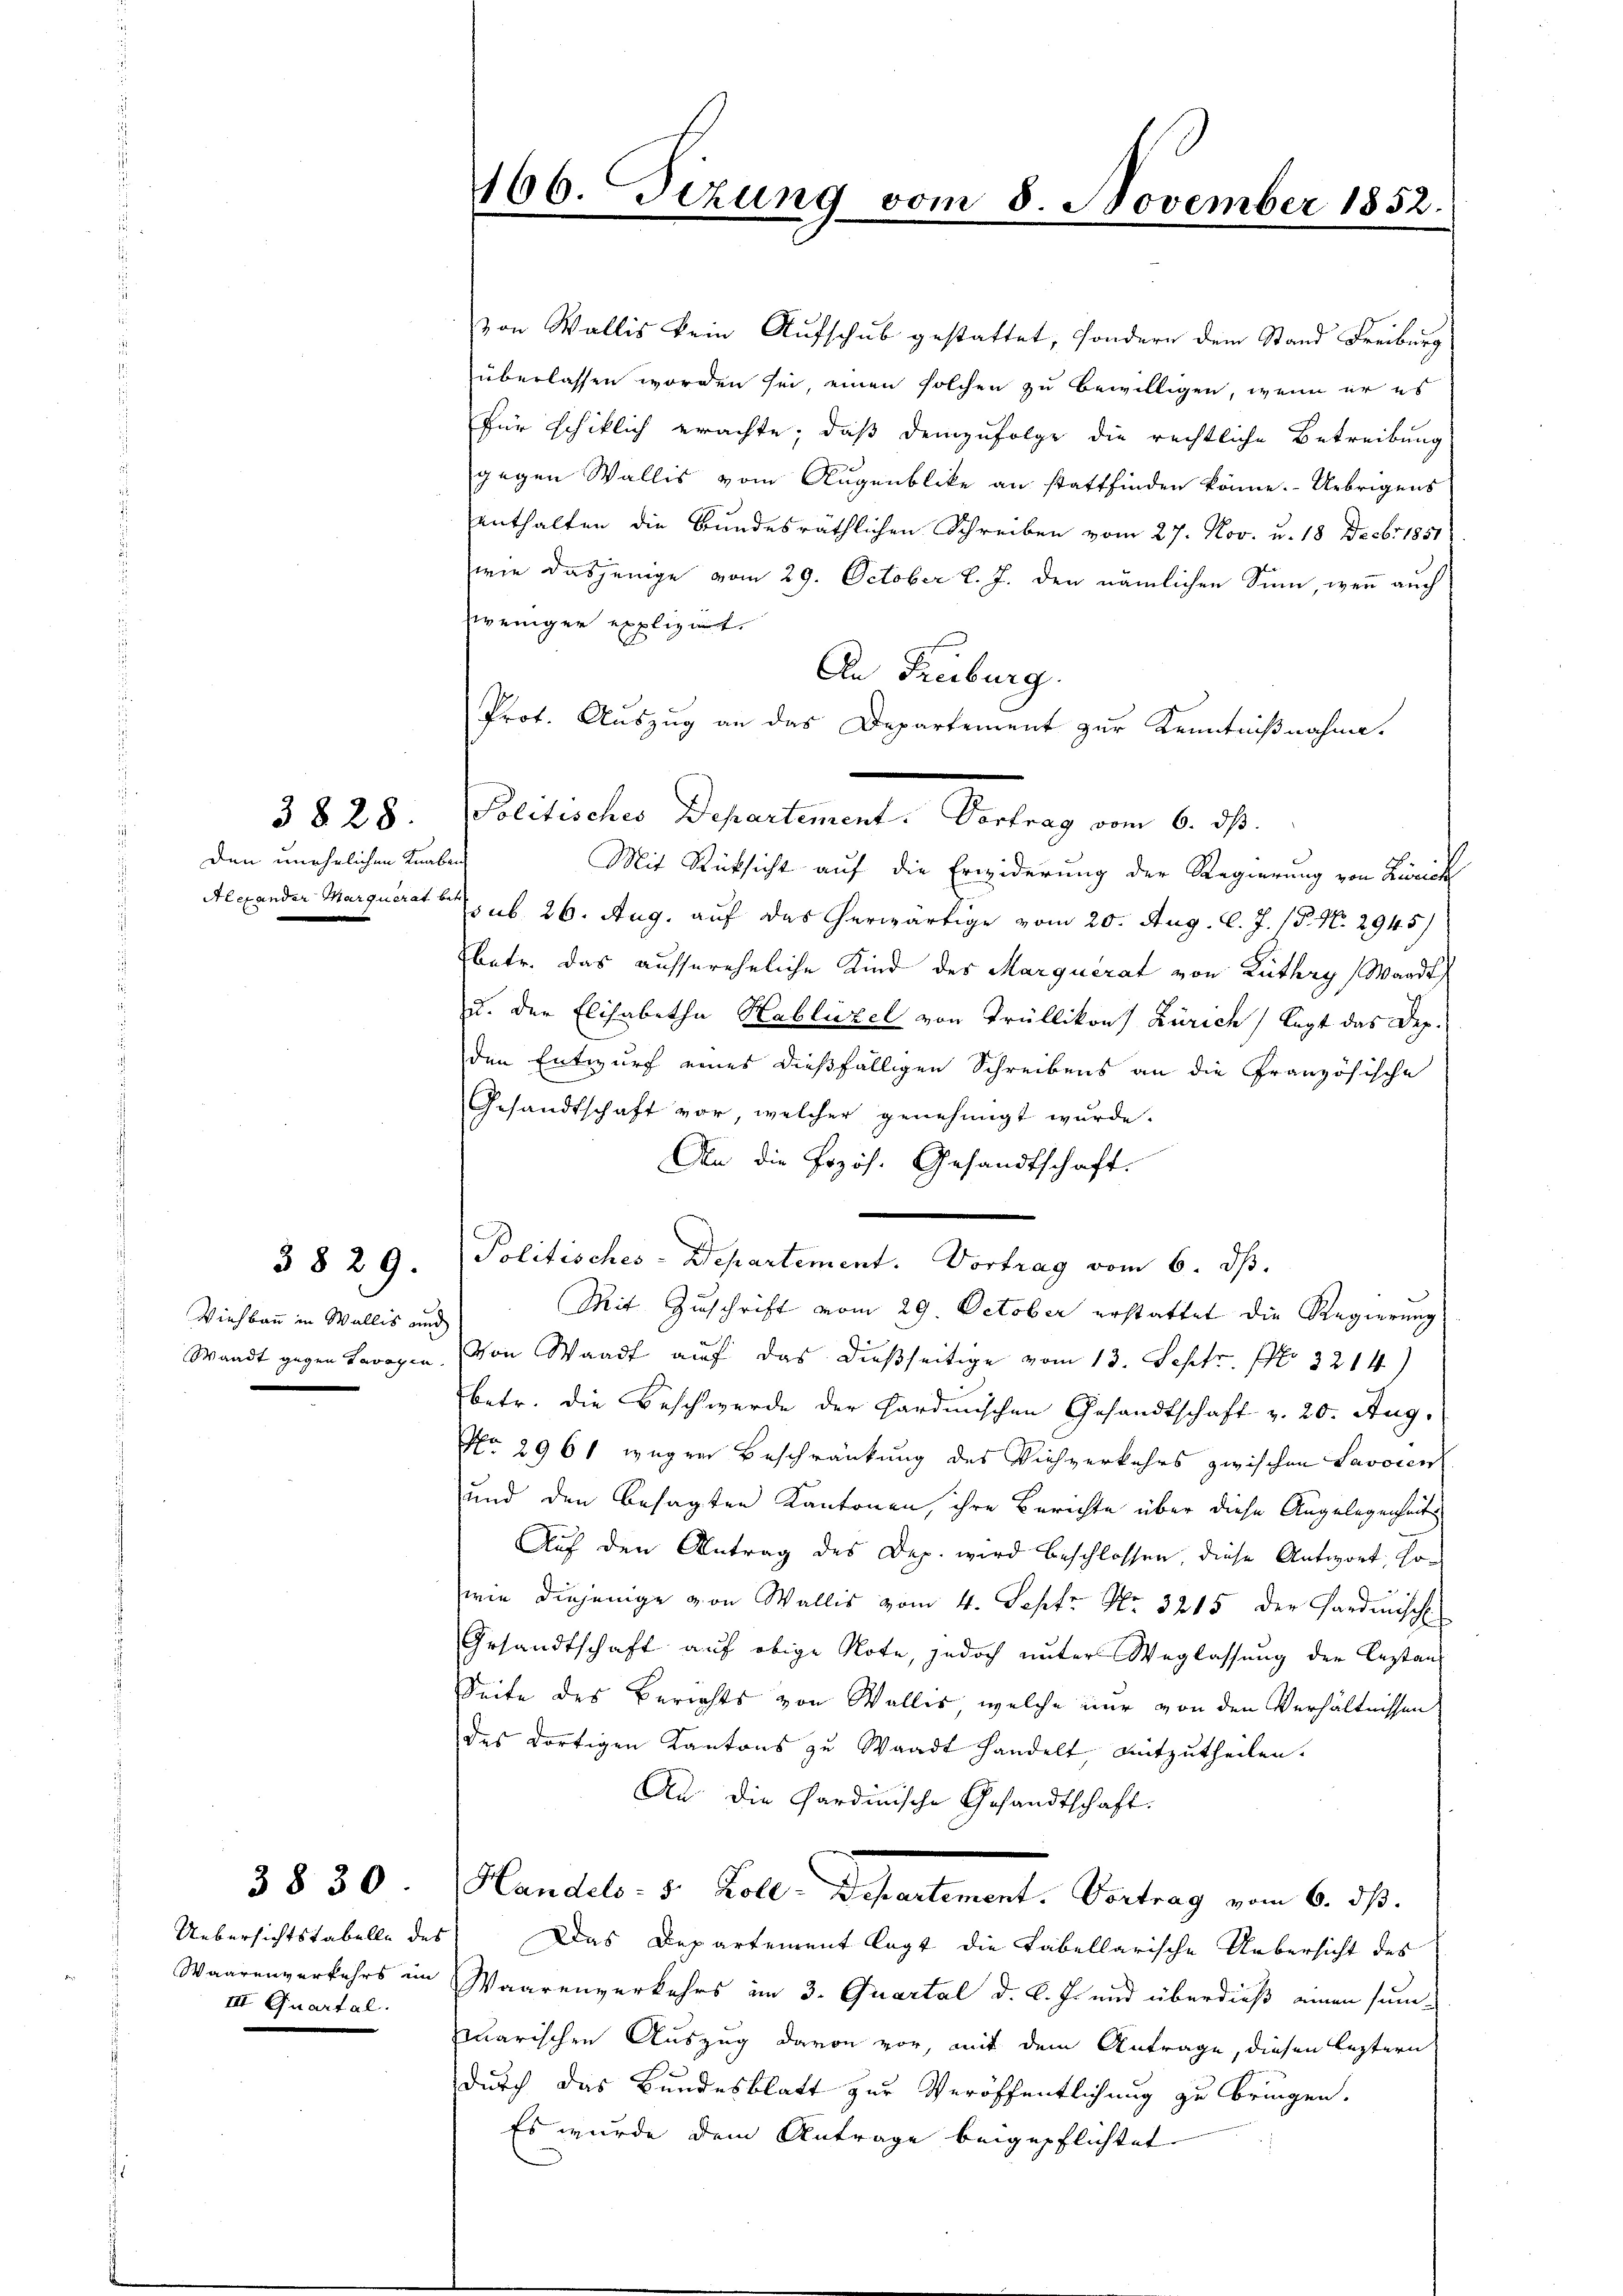
3828.
den unehrlichen Knaben

Viehbau in Wallis und

38 29.

3 § 30.

Uebersichtstabelle des
III Quartal.

166. Sitzung vom 8. November 1852.
d

von Wallis kein Aufschub gestattet, sondern dem Stand Freiburg
überlassen worden sei, einen solchen zu bewilligen, wenn er es
für schiklich erachte, daß demzufolge die rechtliche Betreibung
gegen Wallis vom Augenblicke an stattfinden könne. Uebrigens
enthalten die Bundesräthlichen Schreiben vom 27. Nov. u. 18 Decbr 1851
wie dasjenige vom 29. October l. J. den nämlichen Sinn, wenn auch
zweniger expliziert.
An Freiburg.
Prot. Auszug an das Departement zur Kenntnißnahme.
Mit Rücksicht auf die Erwiderung der Regierung von Zürich
Alexander Marquerat bis ab. 26. Aug. auf das erwärtige vom 20. Aug. l. J. 15. No. 2945
betr. das aussereheliche Kind des Marquerat von Luthey (Waadt
u. der Elisabetha Hablützel von Trüllikon Zürich, legt das Dep.
den Entwurf eines dießfälligen Schreibens an die Französische
Gesandtschaft vor, welcher genehmigt wurde.
An die Pozös. Gesandtschaft.
Politisches-Departement. Vortrag vom 6. ds.
Mit Zuschrift vom 29. October erstattet die Regierung
Waadt gegen Beragen. Von Waadt auf das dießseitige vom 13. Septr. No 3214)
betr. die Beschwerde der Hardinischen Gesandtschaft v. 20. Aug.
No 2961 wegen Beschränkung des Viehverkehrs zwischen Savoien
und den besagten Kantonen, ihre Berichte über diese Angelegenheits
Auf den Antrag des Dep. wird beschlossen, diese Antwort, sowie diejenige von Wallis vom 4. Sept No. 3215 der Hardmisch
Gesandtschaft auf obige Note, jedoch unter Weglassung der Castanz
Seite des Berichts von Wallis, welche nur von den Verhältnissen
des dortigen Kantons zu Waadt handelt, mitzutheilen.
An die Sardinische Gesandtschaft.
Handels. v. Boll. Departement. Vertrag vom 6. ds.
Das Departement legt die tabellarische Uebersicht des
Waarenverkehrs im Waarenverkehrs im 3. Quartal d. d. J. und überdieß einen sum-
quarischen Auszug davon vor, mit dem Antrage, diesen leztern
durch das Bundesblatt zur Veröffentlichung zu bringen.
Es wurde dem Antrage beigepflichtet

olitischen Departimente Vertrag vom 6. d.